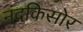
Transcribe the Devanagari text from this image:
नंदकिसोर